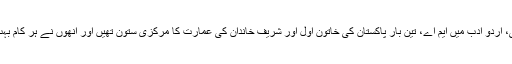
وہ رستم زماں گاماں پہلوان کی نواسی، اُردو ادب میں ایم اے، تین بار پاکستان کی خاتون اول اور شریف خاندان کی عمارت کا مرکزی ستون تھیں اور انھوں نے ہر کام بہت محنت، مہارت اور محبت سے کیا۔